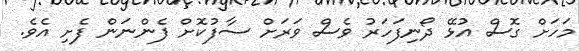
މަހަށް ގޮސް އުޅޭ ދޯނިފަހަރު ވެސް ވަރަށް ސާފުކޮށް ފެންނަން ފެށި އެވެ.